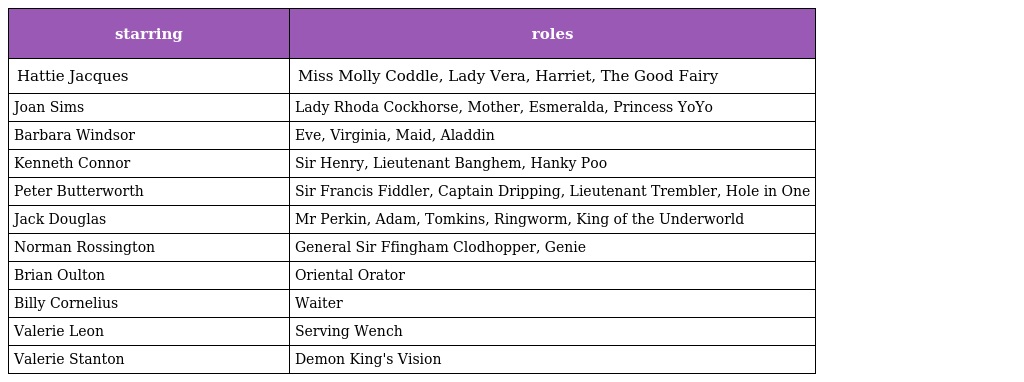
| starring | roles |
 | --- | --- |
 | Hattie Jacques | Miss Molly Coddle, Lady Vera, Harriet, The Good Fairy |
 | Joan Sims | Lady Rhoda Cockhorse, Mother, Esmeralda, Princess YoYo |
 | Barbara Windsor | Eve, Virginia, Maid, Aladdin |
 | Kenneth Connor | Sir Henry, Lieutenant Banghem, Hanky Poo |
 | Peter Butterworth | Sir Francis Fiddler, Captain Dripping, Lieutenant Trembler, Hole in One |
 | Jack Douglas | Mr Perkin, Adam, Tomkins, Ringworm, King of the Underworld |
 | Norman Rossington | General Sir Ffingham Clodhopper, Genie |
 | Brian Oulton | Oriental Orator |
 | Billy Cornelius | Waiter |
 | Valerie Leon | Serving Wench |
 | Valerie Stanton | Demon King's Vision |